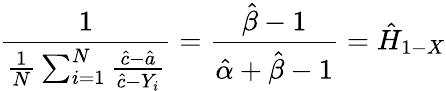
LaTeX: {\frac{1}{{\frac{1}{N}}\sum_{i=1}^{N}{\frac{{\hat{c}}-{\hat{a}}}{{\hat{c}}-Y_{i}}}}}={\frac{{\hat{\beta}}-1}{{\hat{\alpha}}+{\hat{\beta}}-1}}={\hat{H}}_{1-X}